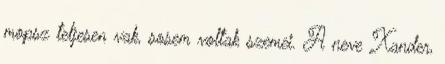
mopsz teljesen vak, sosem voltak szemei. A neve Xander,